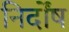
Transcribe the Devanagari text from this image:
निर्दोंष